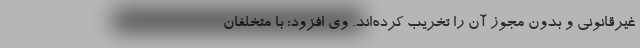
غیرقانونی و بدون مجوز آن را تخریب کرده‌اند. وی افزود: با متخلفان